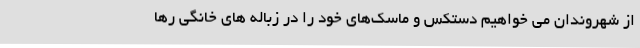
از شهروندان می خواهیم دستکس و ماسک‌های خود را در زباله های خانگی رها